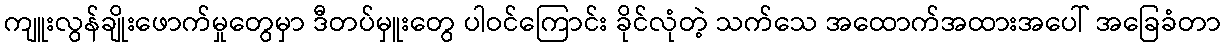
ကျူးလွန်ချိုးဖောက်မှုတွေမှာ ဒီတပ်မှူးတွေ ပါဝင်ကြောင်း ခိုင်လုံတဲ့ သက်သေ အထောက်အထားအပေါ် အခြေခံတာ